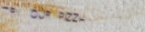
TRY OUR PIZZA